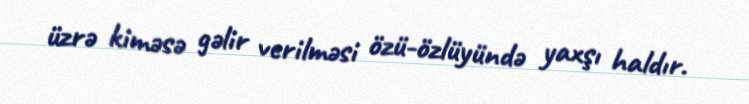
üzrə kiməsə gəlir verilməsi özü-özlüyündə yaxşı haldır.